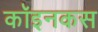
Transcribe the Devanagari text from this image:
कॉइनकस